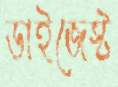
ডাইজেস্ট